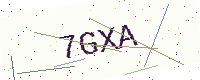
Text: 7GXA